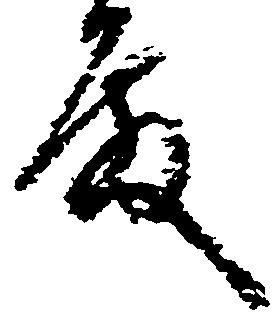
殿